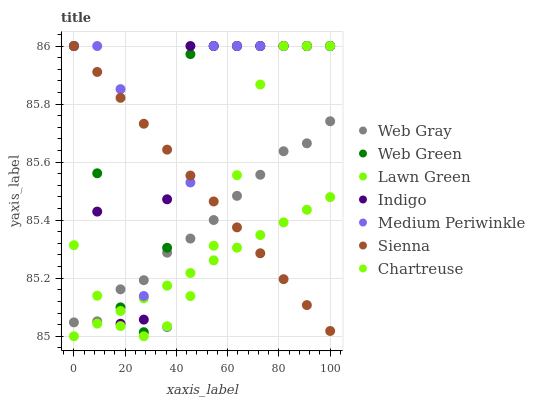
| xaxis_label | Web Gray | Web Green | Lawn Green | Indigo | Medium Periwinkle | Sienna | Chartreuse |
 | --- | --- | --- | --- | --- | --- | --- | --- |
 | 0 | 85 | 86 | 85 | 86 | 86 | 86 | 85.3 |
 | 9.09 | 85.1 | 85.6 | 85 | 85.4 | 86 | 85.9 | 85.1 |
 | 18.2 | 85.2 | 85.1 | 85.1 | 85 | 85.9 | 85.8 | 85 |
 | 27.3 | 85.2 | 85 | 85.1 | 85.1 | 85.1 | 85.7 | 85 |
 | 36.4 | 85.3 | 85.3 | 85.2 | 85.5 | 85 | 85.6 | 85 |
 | 45.5 | 85.3 | 86 | 85.2 | 86 | 85.5 | 85.6 | 85.1 |
 | 54.5 | 85.4 | 86 | 85.3 | 86 | 86 | 85.5 | 85.3 |
 | 63.6 | 85.5 | 86 | 85.3 | 86 | 86 | 85.4 | 85.6 |
 | 72.7 | 85.6 | 86 | 85.3 | 86 | 86 | 85.3 | 85.9 |
 | 81.8 | 85.6 | 86 | 85.4 | 86 | 86 | 85.2 | 86 |
 | 90.9 | 85.7 | 86 | 85.4 | 86 | 86 | 85.1 | 86 |
 | 100 | 85.7 | 86 | 85.5 | 86 | 86 | 85 | 86 |